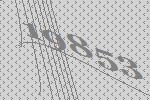
19853